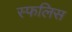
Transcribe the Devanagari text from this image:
स्फलिस